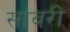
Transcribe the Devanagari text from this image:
सांवरी